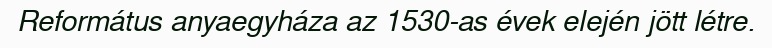
Református anyaegyháza az 1530-as évek elején jött létre.